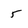
Character: 5